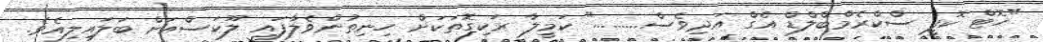
"ހޮޓް ކޮފީ ސްކްރެމްބްލްޑް އެގް އަދިވެސް........." ކަމީލާ ރަކިގޮތަކަށް ހިނިތުންވެލާފައި ލޫކަސްއަށް ބަލައިލިއެވެ.